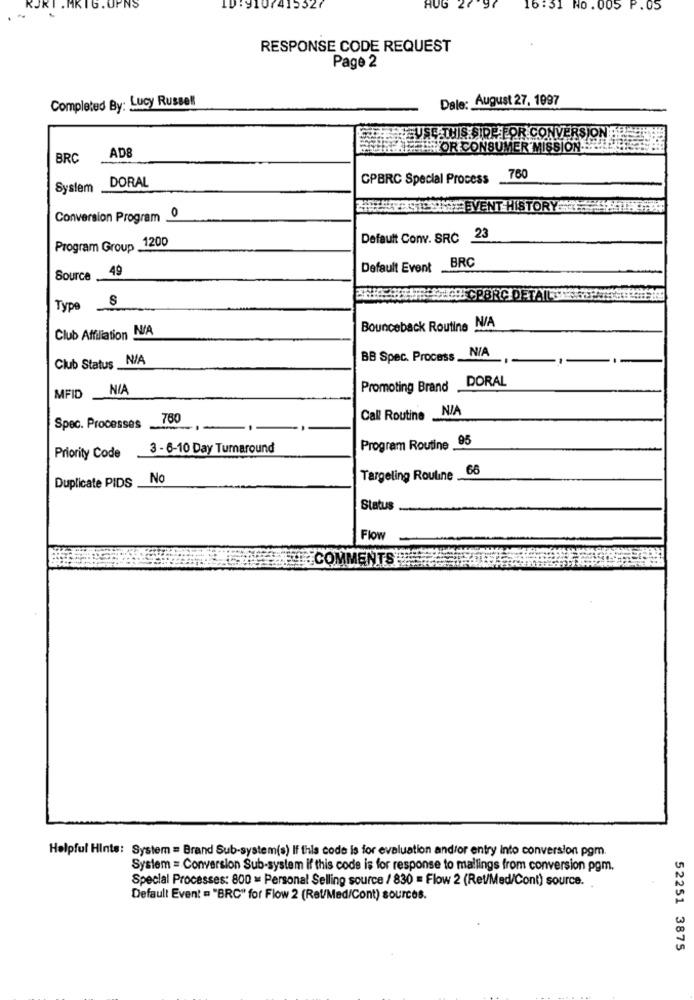
PNS
(415327
AUG 27 97
16:51 No.005 P.05
RESPONSE CODE REQUEST
Page 2
Completed By: Lucy Russell
Dale: August 27, 1997
SEATHIS SIRP FOR CONVERSION!
AD8
THOR CONSUME
R'MIS
JON
BRC
CPBRC Special Process
760
System .
DORAL
HRYASICSEVENT HISTORY
Conversion Program
Default Conv. SRC 23
Program Group 1200
49
Default Event BRC
Source
ELLE CPBRC DET
Type S
Club Affiliation N/A
Bounceback Routine N/A
NIA
Club Status _N/A
BB Spec. Process.
DORAL
NIA
Promoting Brand
MFID
NIA
760
Call Routine_
Spec. Processes
Program Routine 95
3 - 6-10 Day Turnaround
Priority Code
66
Duplicate PIDS
No
Targeting Routine
Status
Flow
COMMENTS
Helpful Hints: System = Brand Sub-system(s) If this code is for evaluation and/or entry into conversion pgm.
System = Conversion Sub-system if this code is for response to mailings from conversion pgm.
Special Processes: 800 = Personal Selling source / 830 = Flow 2 (Ret/Med/Cont) source. .
Default Event = "BRC" for Flow 2 (Rel/Med/Cont) sources.
52251 3875